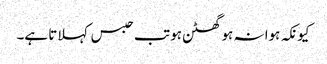
کیونکہ ہوا نہ ہو گھٹن ہو تب حبس کہلاتا ہے۔